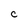
Character: C